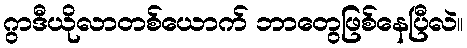
ဂွာဒီယိုလာတစ်ယောက် ဘာတွေဖြစ်နေပြီလဲ။